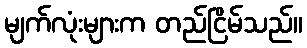
မျက်လုံးများက တည်ငြိမ်သည်။